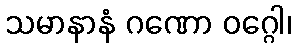
သမာနာနံ ဂဏော ဝဂ္ဂေါ၊